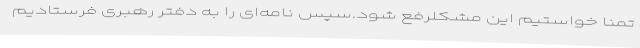
تمنا خواستیم این مشکلرفع شود.سپس نامه‌ای را به دفتر رهبری فرستادیم